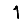
Digit: 1